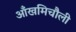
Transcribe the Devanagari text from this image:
आँखमिचौली